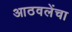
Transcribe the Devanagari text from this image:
आठवलेंचा